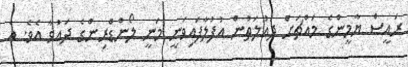
ރައީސް ޔާމީންގެ މައްޗަށް ދައުލަތުން އުފުލާފައިވަނީ މަނީ ލޯންޑްރިންގެ ދައުވާ އެވެ. އެ